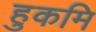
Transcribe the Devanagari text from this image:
हुकमि